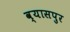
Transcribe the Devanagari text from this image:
व्‍यासपुर